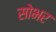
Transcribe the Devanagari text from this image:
सोभर